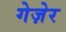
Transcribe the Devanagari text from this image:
गेज़ेर